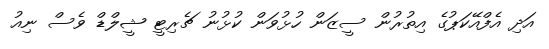
އަދި އެފްއޭކަޕުގެ އިތުރުން ސީޒަން ހުޅުވަން ކުޅުނު ޗެރިޓީ ޝީލްޑް ވެސް ނިއު